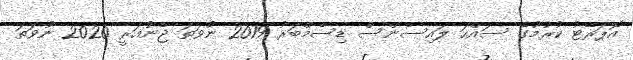
އޮޕަރޭޓު ކުރުމުގެ ސައްހަ ލައިސެންސް ޑިސެމްބަރު 2019 ނުވަތަ ޖެނުއަރީ 2020 ނުވަތަ